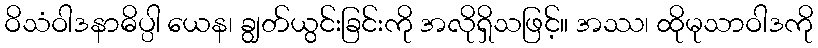
ဝိသံဝါဒနာဓိပ္ပါ ယေန၊ ချွတ်ယွင်းခြင်းကို အလိုရှိသဖြင့်။ အဿ၊ ထိုမုသာဝါဒကို